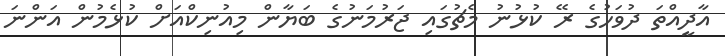
އާދީއްތަ ދުވަހުގެ ރޭ ކުޅުނު މެޗުގައި ޖަރުމަނުގެ ބަޔާން މިއުނިކްއަށް ކުޅެމުން އަންނަ